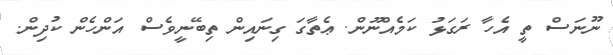
ނޫނަސް ތީ އެހާ ރަގަޅު ކަމެއްނޫން. ޢެތާގަ ގިނައިން ތިބޭނީވެސް އަންހެން ކުދިން.